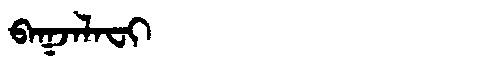
Manchu: ᠪᠠᡴᠵᠠᠯᠠᠸᡳ
Romanization: BAKJALAFI